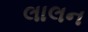
લાલન